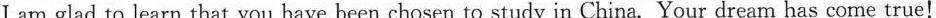
I am glad to learn that you have been chosen to study in China. Your dream has come true!